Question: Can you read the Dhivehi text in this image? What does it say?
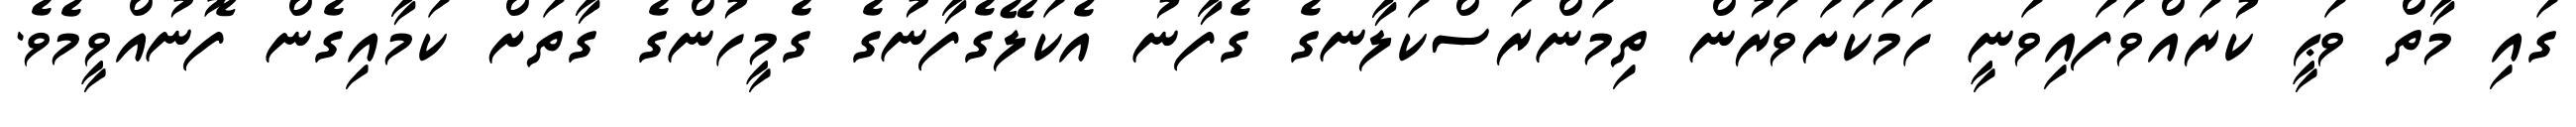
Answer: ގައި މާތް ވަޙީ ކުރައްވަފައިވަނީ ހަމަކަށަވަރުން ތިމަންރަސްކަލާނގެ ގެފާނު އެކަލޭގެފާނުގެ ގެމީހުންގެ ގާތަށް ކަމާއިގެން ފޮނުއްވީމެވެ.